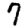
Digit: 7